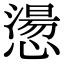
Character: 𢡂